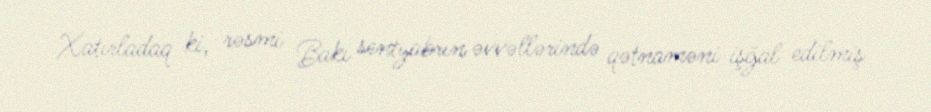
Xatırladaq ki, rəsmi Bakı sentyabrın əvvəllərində qətnaməni işğal edilmiş